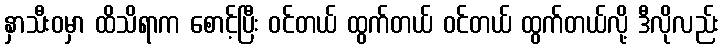
နှာသီးဝမှာ ထိသိရာက စောင့်ပြီး ဝင်တယ် ထွက်တယ် ဝင်တယ် ထွက်တယ်လို့ ဒီလိုလည်း